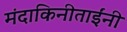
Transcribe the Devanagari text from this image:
मंदाकिनीताईंनी